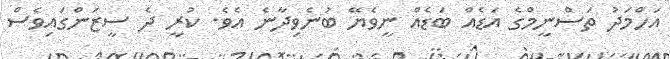
އަހްމަދު ތަސްނީމްގެ އަޑެއް ބަޑެއް ނީވެޔޭ ބުނެވިދާނެ އެވެ. ކުރީ ދެ ސީޒަންގައިވެސް